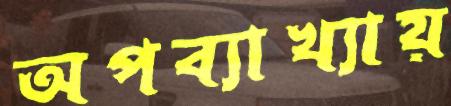
অপব্যাখ্যায়